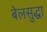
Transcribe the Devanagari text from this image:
बेलसुद्धा